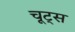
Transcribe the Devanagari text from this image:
चूट्स